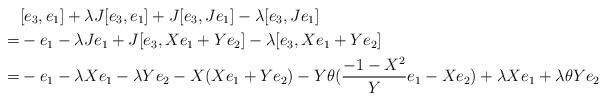
LaTeX: \begin{align*}& [e_3,e_1]+\lambda J[e_3,e_1] + J[e_3,Je_1]-\lambda [e_3,Je_1] \\=&-e_1-\lambda Je_1 + J[e_3,Xe_1+Ye_2]-\lambda [e_3,Xe_1+Ye_2] \\=&-e_1-\lambda Xe_1-\lambda Ye_2 - X(Xe_1+Ye_2)-Y\theta(\frac{-1-X^2}{Y}e_1-Xe_2)+\lambda Xe_1+\lambda\theta Ye_2 &\end{align*}